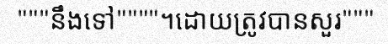
"""នឹងទៅ""""។ដោយត្រូវបានសួរ"""